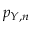
p _ { Y , n }